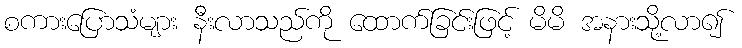
စကားပြောသံများ နီးလာသည်ကို ထောက်ခြင်းဖြင့် မိမိ အနားသို့လာ၍